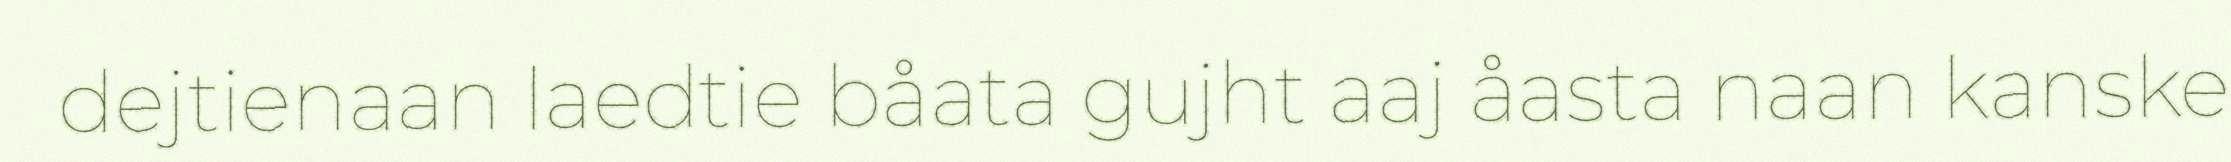
dejtienaan laedtie båata gujht aaj åasta naan kanske